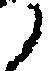
候